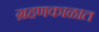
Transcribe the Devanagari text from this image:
ग्रहणकाळात